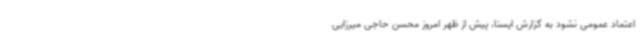
اعتماد عمومی نشود به گزارش ایسنا، پیش از ظهر امروز محسن حاجی میرزایی